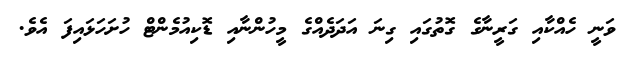
ވަނީ ހެއްކާއި ގަރީނާގެ ގޮތުގައި ގިނަ އަދަދެއްގެ މީހުންނާއި ޑޮކިއުމެންޓް ހުށަހަޅައިފަ އެވެ.